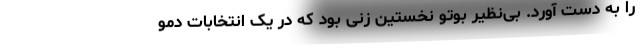
را به دست آورد. بی‌نظیر بوتو نخستین زنی بود که در یک انتخابات دمو